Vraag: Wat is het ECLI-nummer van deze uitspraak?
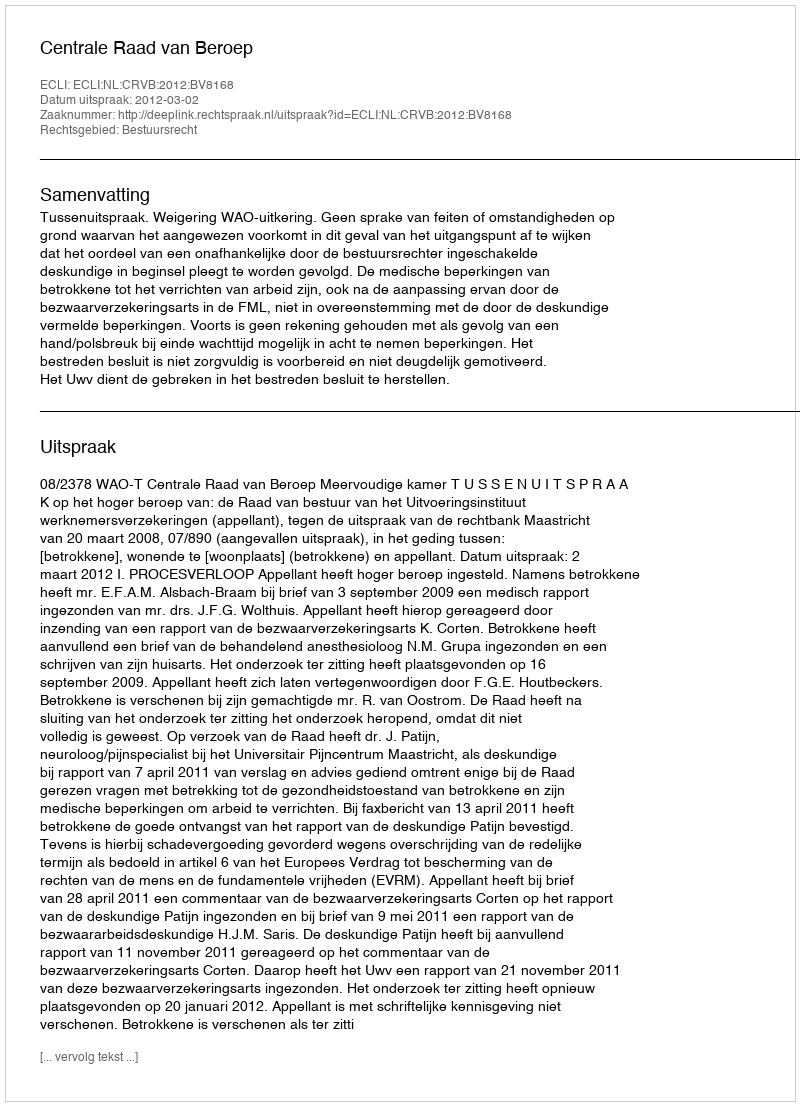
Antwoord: ECLI:NL:CRVB:2012:BV8168